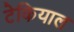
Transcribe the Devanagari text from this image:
टेकियाल